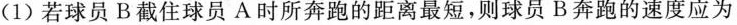
(1)若球员B截住球员A时所奔跑的距离最短，则球员B奔跑的速度应为